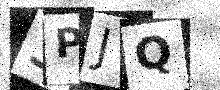
Text: 3PJQ